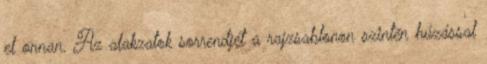
el onnan. Az alakzatok sorrendjét a rajzsablonon szintén húzással